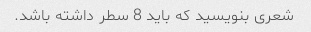
شعری بنویسید که باید 8 سطر داشته باشد.